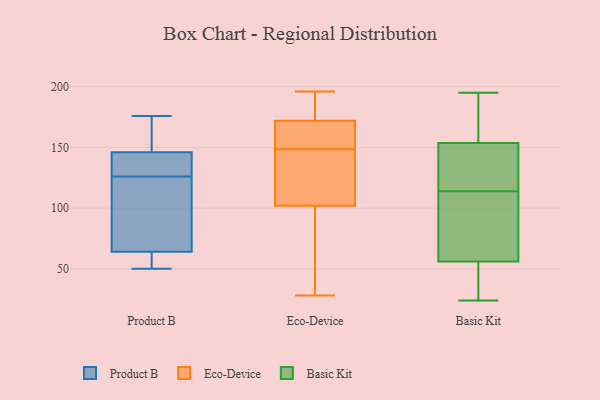
{"axis": {"x": "Energy Usage (MWh)", "y": "Value"}, "legend": ["Basic Kit", "Eco-Device", "Product B"], "data": [{"x": "", "y": 146, "type": "Product B"}, {"x": "", "y": 64, "type": "Product B"}, {"x": "", "y": 133, "type": "Product B"}, {"x": "", "y": 119, "type": "Product B"}, {"x": "", "y": 176, "type": "Product B"}, {"x": "", "y": 57, "type": "Product B"}, {"x": "", "y": 145, "type": "Product B"}, {"x": "", "y": 50, "type": "Product B"}, {"x": "", "y": 92, "type": "Product B"}, {"x": "", "y": 173, "type": "Product B"}, {"x": "", "y": 154, "type": "Eco-Device"}, {"x": "", "y": 195, "type": "Eco-Device"}, {"x": "", "y": 155, "type": "Eco-Device"}, {"x": "", "y": 65, "type": "Eco-Device"}, {"x": "", "y": 55, "type": "Eco-Device"}, {"x": "", "y": 156, "type": "Eco-Device"}, {"x": "", "y": 123, "type": "Eco-Device"}, {"x": "", "y": 192, "type": "Eco-Device"}, {"x": "", "y": 28, "type": "Eco-Device"}, {"x": "", "y": 133, "type": "Eco-Device"}, {"x": "", "y": 130, "type": "Eco-Device"}, {"x": "", "y": 168, "type": "Eco-Device"}, {"x": "", "y": 196, "type": "Eco-Device"}, {"x": "", "y": 146, "type": "Eco-Device"}, {"x": "", "y": 81, "type": "Eco-Device"}, {"x": "", "y": 151, "type": "Eco-Device"}, {"x": "", "y": 59, "type": "Eco-Device"}, {"x": "", "y": 176, "type": "Eco-Device"}, {"x": "", "y": 176, "type": "Eco-Device"}, {"x": "", "y": 134, "type": "Eco-Device"}, {"x": "", "y": 173, "type": "Basic Kit"}, {"x": "", "y": 24, "type": "Basic Kit"}, {"x": "", "y": 38, "type": "Basic Kit"}, {"x": "", "y": 73, "type": "Basic Kit"}, {"x": "", "y": 137, "type": "Basic Kit"}, {"x": "", "y": 85, "type": "Basic Kit"}, {"x": "", "y": 59, "type": "Basic Kit"}, {"x": "", "y": 119, "type": "Basic Kit"}, {"x": "", "y": 78, "type": "Basic Kit"}, {"x": "", "y": 47, "type": "Basic Kit"}, {"x": "", "y": 114, "type": "Basic Kit"}, {"x": "", "y": 162, "type": "Basic Kit"}, {"x": "", "y": 195, "type": "Basic Kit"}, {"x": "", "y": 40, "type": "Basic Kit"}, {"x": "", "y": 151, "type": "Basic Kit"}, {"x": "", "y": 125, "type": "Basic Kit"}, {"x": "", "y": 165, "type": "Basic Kit"}]}